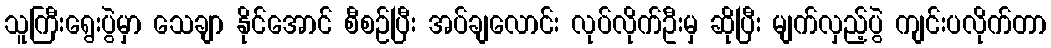
သူကြီးရွေးပွဲမှာ သေချာ နိုင်အောင် စီစဉ်ပြီး အပ်ချလောင်း လုပ်လိုက်ဦးမှ ဆိုပြီး မျက်လှည့်ပွဲ ကျင်းပလိုက်တာ